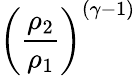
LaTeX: \left({\frac{\rho_{2}}{\rho_{1}}}\right)^{(\gamma-1)}